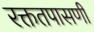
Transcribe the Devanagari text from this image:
रक्ततपासणी